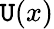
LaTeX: \mathtt{U}(x)